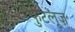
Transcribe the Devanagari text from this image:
फुटलूज़